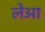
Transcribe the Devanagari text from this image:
लेआ